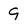
Character: 9